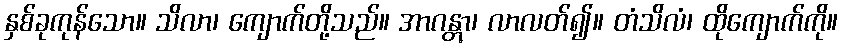
နှစ်ခုကုန်သော။ သိလာ၊ ကျောက်တို့သည်။ အာဂန္တွာ၊ လာလတ်၍။ တံသိလံ၊ ထိုကျောက်ကို။